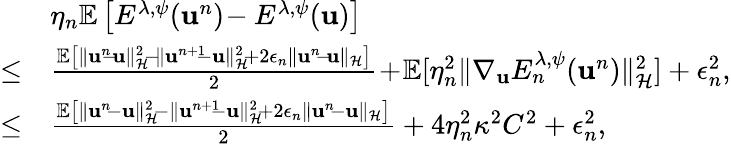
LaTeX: \begin{array}{rl}&{\eta_{n}\mathbb{E}\left[E^{\lambda,\psi}({\mathbf u}^{n})\! -E^{\lambda,\psi}({\mathbf u})\right]}\\ {\leq}&{\frac{\mathbb{E}\left[\| {\mathbf u}^{n}\! \! -\! {\mathbf u}\| _{\mathcal{H}}^{2}\! -\! \| {\mathbf u}^{n+1}\! \! -{\mathbf u}\| _{\mathcal{H}}^{2}\! +2\epsilon_{n}\| {\mathbf u}^{n}\! -\! {\mathbf u}\| _{\mathcal{H}}\right]}{2}\! +\! \mathbb{E}[\eta_{n}^{2}\| \nabla_{{\mathbf u}}E_{n}^{\lambda,\psi}({\mathbf u}^{n})\| _{\mathcal{H}}^{2}]+{\epsilon_{n}^{2}},}\\ {\leq}&{\frac{\mathbb{E}\left[\| {\mathbf u}^{n}\! -{\mathbf u}\| _{\mathcal{H}}^{2}\! -\| {\mathbf u}^{n+1}\! \! -{\mathbf u}\| _{\mathcal{H}}^{2}\! +2\epsilon_{n}\| {\mathbf u}^{n}\! -{\mathbf u}\| _{\mathcal{H}}\right]}{2}+4\eta_{n}^{2}\kappa^{2}C^{2}+\epsilon_{n}^{2},}\end{array}